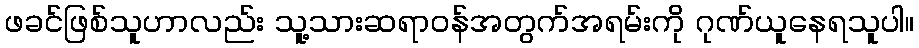
ဖခင်ဖြစ်သူဟာလည်း သူ့သားဆရာဝန်အတွက်အရမ်းကို ဂုဏ်ယူနေရသူပါ။